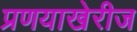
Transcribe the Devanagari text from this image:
प्रणयाखेरीज